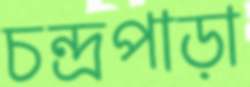
চন্দ্রপাড়া